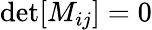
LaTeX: \operatorname*{det}[M_{ij}]=0